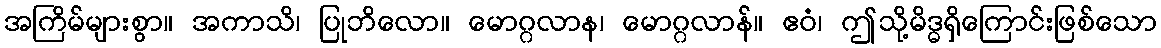
အကြိမ်များစွာ။ အကာသိ၊ ပြုဘိလော။ မောဂ္ဂလာန၊ မောဂ္ဂလာန်။ ဧဝံ၊ ဤသို့မိဒ္ဓရှိကြောင်းဖြစ်သော